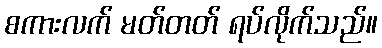
စကားလက် မတ်တတ် ရပ်လိုက်သည်။